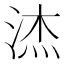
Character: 𮳉